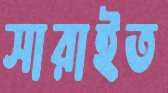
সারাইত